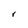
Character: r